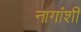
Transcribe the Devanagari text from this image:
नागांशी